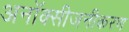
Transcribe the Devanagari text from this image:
अनॉक्सीजनीकरण